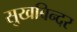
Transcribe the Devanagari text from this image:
सुखबिन्दर